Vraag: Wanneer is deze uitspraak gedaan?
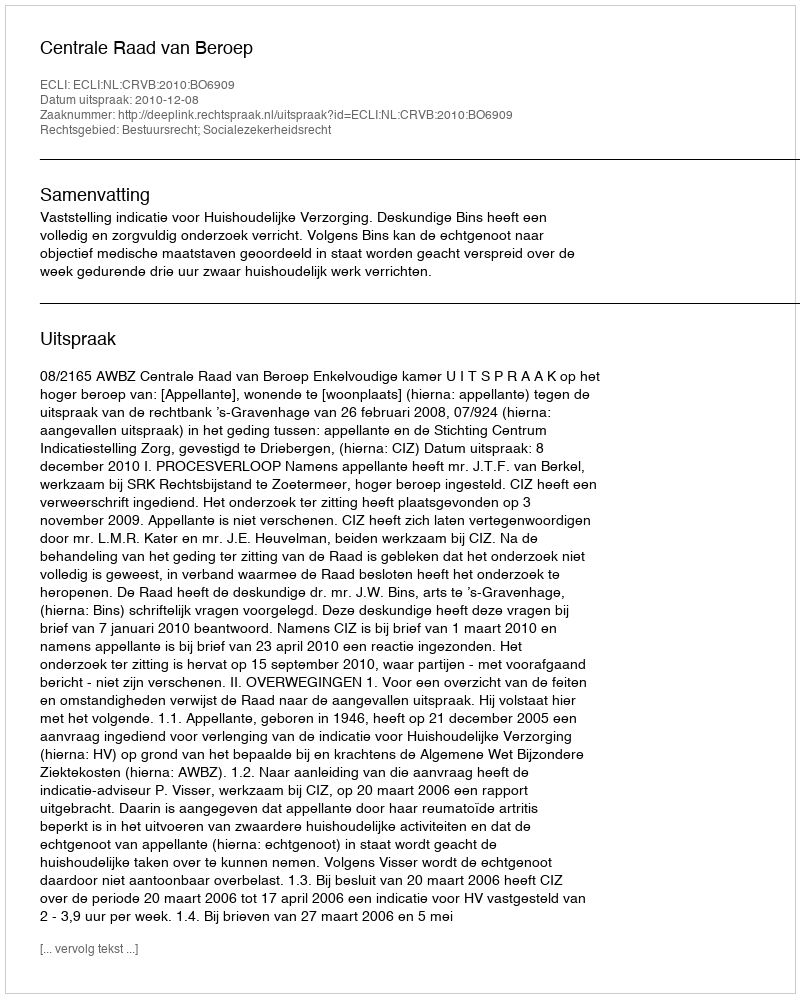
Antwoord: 2010-12-08